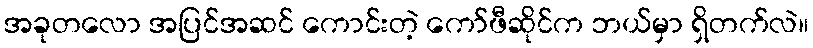
အခုတလော အပြင်အဆင် ကောင်းတဲ့ ကော်ဖီဆိုင်က ဘယ်မှာ ရှိတက်လဲ။